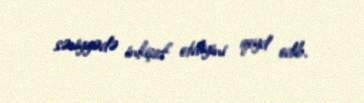
səviyyədə inkişaf etdiyini qeyd edib.